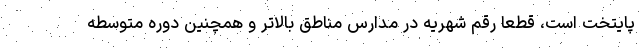
پایتخت است، قطعاً رقم شهریه در مدارس مناطق بالاتر و همچنین دوره متوسطه